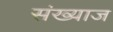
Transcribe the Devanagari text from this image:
संख्याज